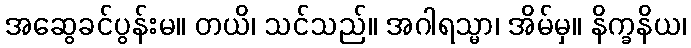
အဆွေခင်ပွန်းမ။ တယိ၊ သင်သည်။ အဂါရသ္မာ၊ အိမ်မှ။ နိက္ခနိယ၊